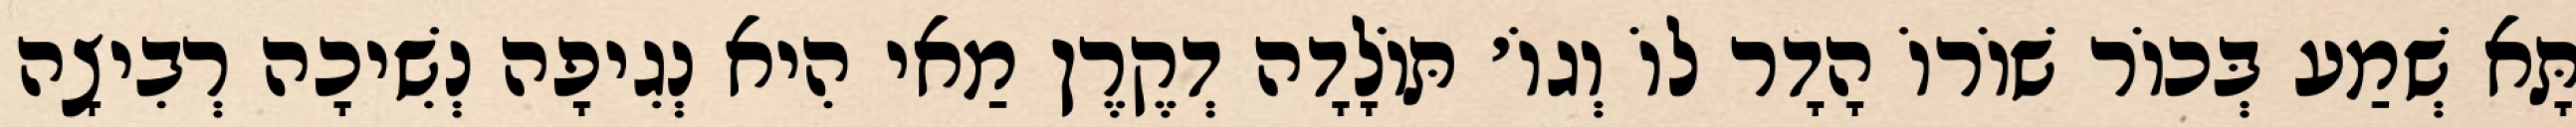
תָּא שְׁמַע בְּכוֹר שׁוֹרוֹ הָדָר לוֹ וְגוֹ׳ תּוֹלָדָה דְקֶרֶן מַאי הִיא נְגִיפָה נְשִׁיכָה רְבִיצָה